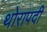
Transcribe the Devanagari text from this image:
थोरापदी